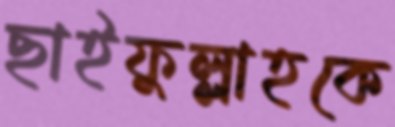
ছাইফুল্লাহকে